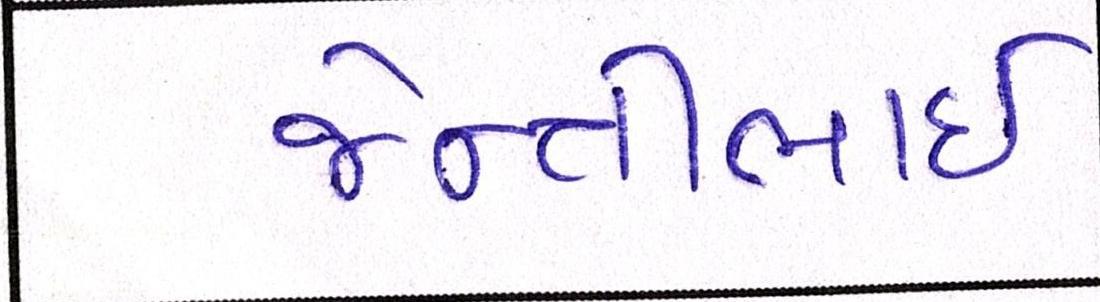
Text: જેન્તીભાઈ